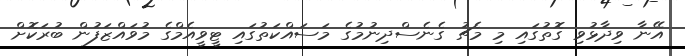
އޭނާ ވިދާޅުވި ގޮތުގައި މި މެޗު ގެނެސްދިނުމުގެ މަސައްކަތުގައި ޓީވީއެމްގެ މުވައްޒަފުން ބުރަކޮށް